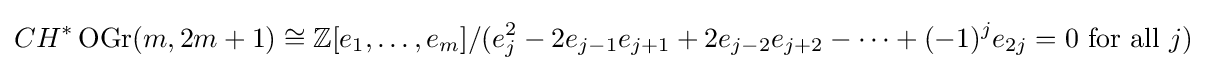
CH^{*}\operatorname {OGr} (m,2m+1)\cong \mathbb {Z} [e_{1},\ldots ,e_{m}]/(e_{j}^{2}-2e_{j-1}e_{j+1}+2e_{j-2}e_{j+2}-\cdots +(-1)^{j}e_{2j}=0{\text{ for all }}j)